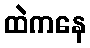
ထဲကနေ